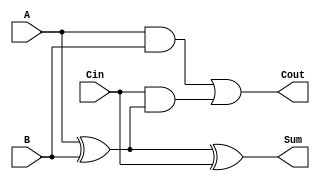
module TransmissionGateFullAdder (
    input wire A,      // First input bit
    input wire B,      // Second input bit
    input wire Cin,    // Carry-in bit
    output wire Sum,   // Sum output
    output wire Cout   // Carry-out output
);

// Intermediate signals
wire A_B_XOR;        // Intermediate signal for A XOR B
wire A_B_AND;        // Intermediate signal for A AND B
wire Cin_A_B_XOR_AND; // Intermediate signal for Cin AND (A XOR B)

// Transmission Gate for A XOR B
assign A_B_XOR = (A ^ B);

// Transmission Gate for Sum = A XOR B XOR Cin
assign Sum = (A_B_XOR ^ Cin);

// Transmission Gate for A AND B
assign A_B_AND = A & B;

// Transmission Gate for Cin AND (A XOR B)
assign Cin_A_B_XOR_AND = Cin & A_B_XOR;

// Carry-out = (A AND B) OR (Cin AND (A XOR B))
assign Cout = A_B_AND | Cin_A_B_XOR_AND;

endmodule